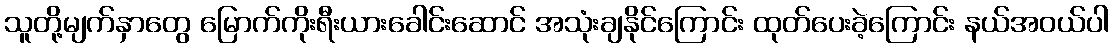
သူတို့မျက်နှာတွေ မြောက်ကိုးရီးယားခေါင်းဆောင် အသုံးချနိုင်ကြောင်း ထုတ်ပေးခဲ့ကြောင်း နယ်အဝယ်ပါ